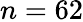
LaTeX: n=62